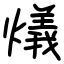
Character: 燨